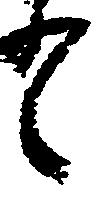
之